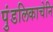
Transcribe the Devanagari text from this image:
पुंडलिकाचेनि